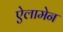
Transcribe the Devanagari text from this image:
ऐलामेन